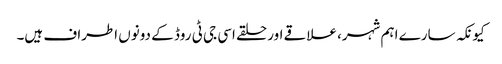
کیونکہ سارے اہم شہر، علاقے اور حلقے اسی جی ٹی روڈ کے دونوں اطراف ہیں۔